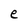
Character: e